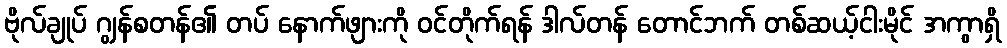
ဗိုလ်ချုပ် ဂျွန်စတန်၏ တပ် နောက်ဖျားကို ဝင်တိုက်ရန် ဒါလ်တန် တောင်ဘက် တစ်ဆယ့်ငါးမိုင် အကွာရှိ